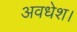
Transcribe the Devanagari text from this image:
अवधेश।